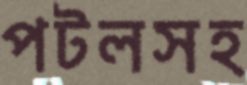
পটলসহ